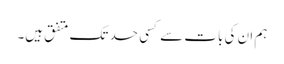
ہم ان کی بات سے کسی حد تک متفق ہیں۔